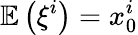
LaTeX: \mathbb{E}\left(\xi^{i}\right)=x_{0}^{i}